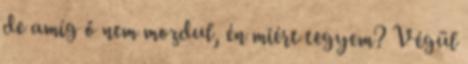
de amíg ő nem mozdul, én miért tegyem? Végül